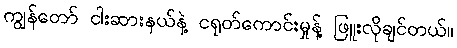
ကျွန်တော် ငါးဆားနယ်နဲ့ ငရုတ်ကောင်းမှုန့် ဖြူးလိုချင်တယ်။